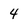
Character: 4